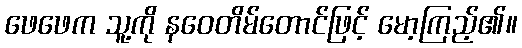
ဖေဖေက သူ့ကို နဝေတိမ်တောင်ဖြင့် မော့ကြည့်၏။